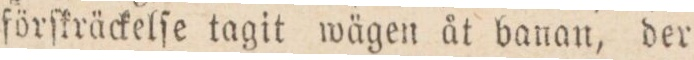
förſkräckelſe tagit wägen åt banan, der